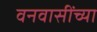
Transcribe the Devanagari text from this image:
वनवासींच्या